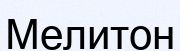
Мелитон